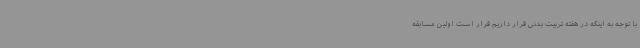
با توجه به اینکه در هفته تربیت بدنی قرار داریم قرار است اولین مسابقه